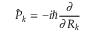
{ \hat { P } } _ { k } = - i \hbar \frac { \partial } { \partial R _ { k } }